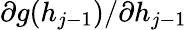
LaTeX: \partial g(h_{j-1})/\partial h_{j-1}